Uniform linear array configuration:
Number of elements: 32
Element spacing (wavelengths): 1
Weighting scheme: blackman
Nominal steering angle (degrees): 0
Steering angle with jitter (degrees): -0.9024
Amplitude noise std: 0.05
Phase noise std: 0.05

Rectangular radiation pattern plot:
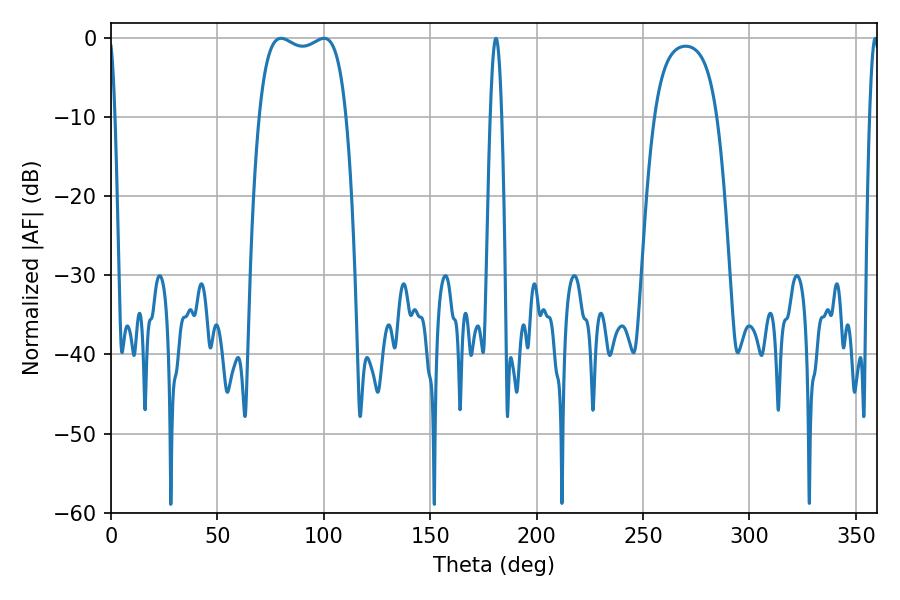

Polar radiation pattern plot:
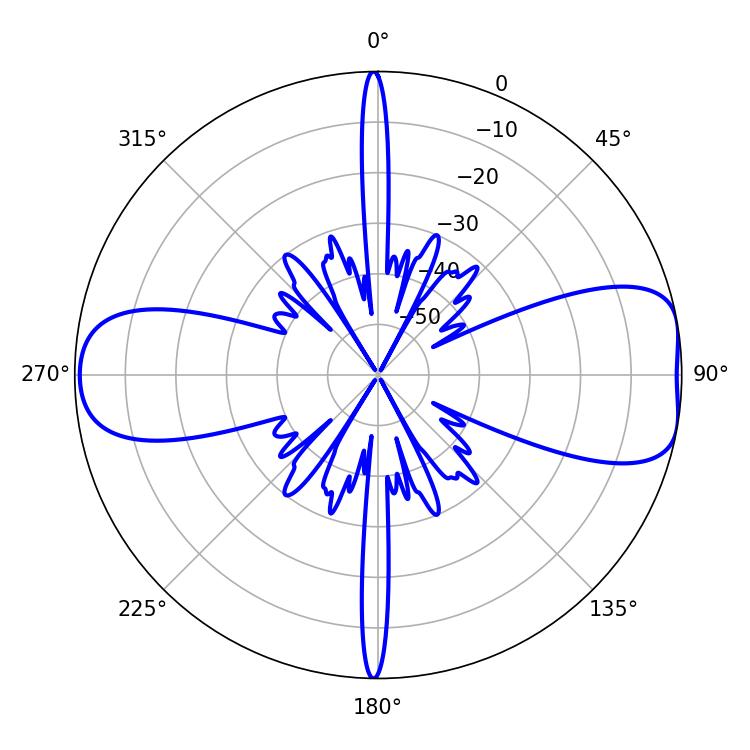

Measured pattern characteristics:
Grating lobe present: TRUE
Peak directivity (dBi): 8.868
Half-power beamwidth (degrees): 33.12
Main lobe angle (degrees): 79.92